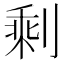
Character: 剩